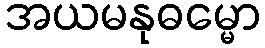
အယမနုဓမ္မော